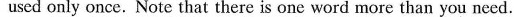
used only once.Note that there is one word more than you need.